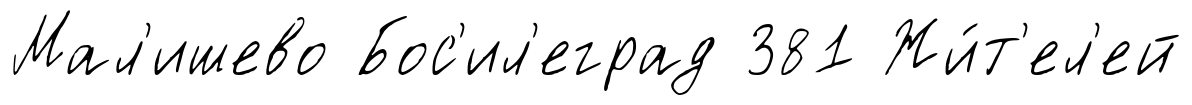
Мал'ишево Бос'ил'еград 381 Жи́т'ел'ей